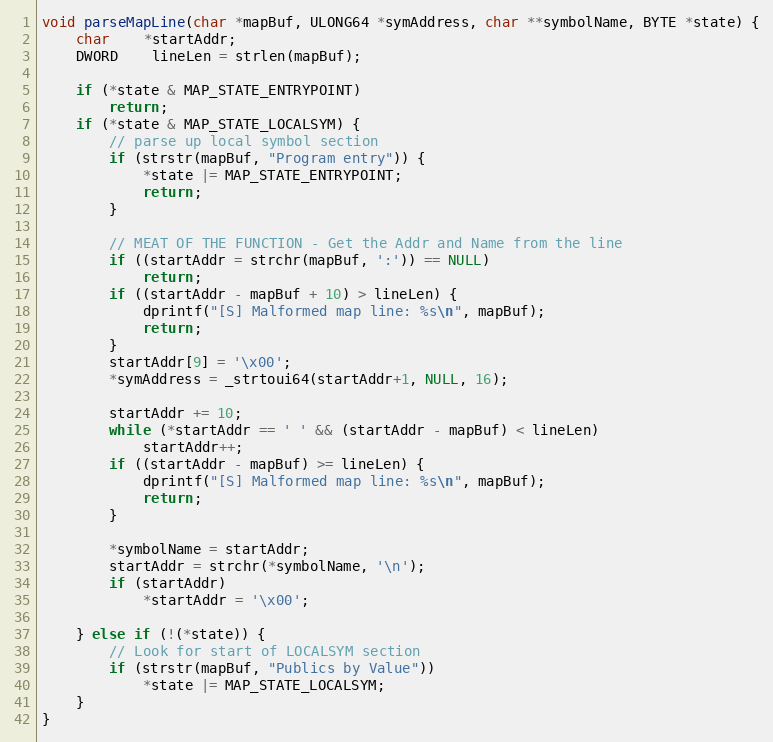
Language: C++
void parseMapLine(char *mapBuf, ULONG64 *symAddress, char **symbolName, BYTE *state) {
	char	*startAddr;
	DWORD	lineLen = strlen(mapBuf);

	if (*state & MAP_STATE_ENTRYPOINT)
		return;
	if (*state & MAP_STATE_LOCALSYM) {
		// parse up local symbol section
		if (strstr(mapBuf, "Program entry")) {
			*state |= MAP_STATE_ENTRYPOINT;
			return;
		}

		// MEAT OF THE FUNCTION - Get the Addr and Name from the line
		if ((startAddr = strchr(mapBuf, ':')) == NULL)
			return;
		if ((startAddr - mapBuf + 10) > lineLen) {
			dprintf("[S] Malformed map line: %s\n", mapBuf);
			return;
		}
		startAddr[9] = '\x00';
		*symAddress = _strtoui64(startAddr+1, NULL, 16);

		startAddr += 10;
		while (*startAddr == ' ' && (startAddr - mapBuf) < lineLen)
			startAddr++;
		if ((startAddr - mapBuf) >= lineLen) {
			dprintf("[S] Malformed map line: %s\n", mapBuf);
			return;
		}

		*symbolName = startAddr;
		startAddr = strchr(*symbolName, '\n');
		if (startAddr)
			*startAddr = '\x00';

	} else if (!(*state)) {
		// Look for start of LOCALSYM section
		if (strstr(mapBuf, "Publics by Value"))
			*state |= MAP_STATE_LOCALSYM;
	}
}